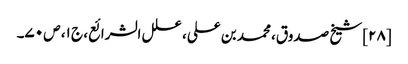
[۲۸] شیخ صدوق، محمد بن علی، علل الشرائع، ج ۱، ص ۷۰۔